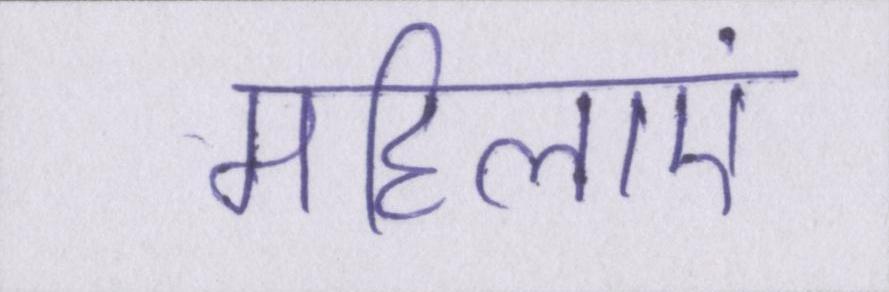
महिलाएं